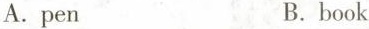
A.pen B.book